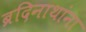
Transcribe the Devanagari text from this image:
ब्रदिनाथांना